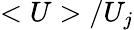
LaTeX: <U>/U_{j}